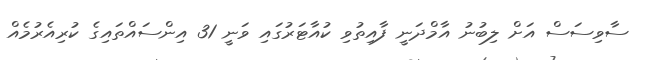
ސާވިސަސް އަށް ލިބުނު އާމްދަނީ ފާއިތުވި ކުއާޓަރުގައި ވަނީ 31 އިންސައްތައިގެ ކުރިއެރުމެއް